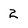
Character: 2